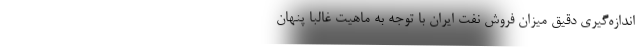
اندازه‌گیری دقیق میزان فروش نفت ایران با توجه به ماهیت غالبا پنهان